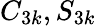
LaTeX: C_{3k},S_{3k}